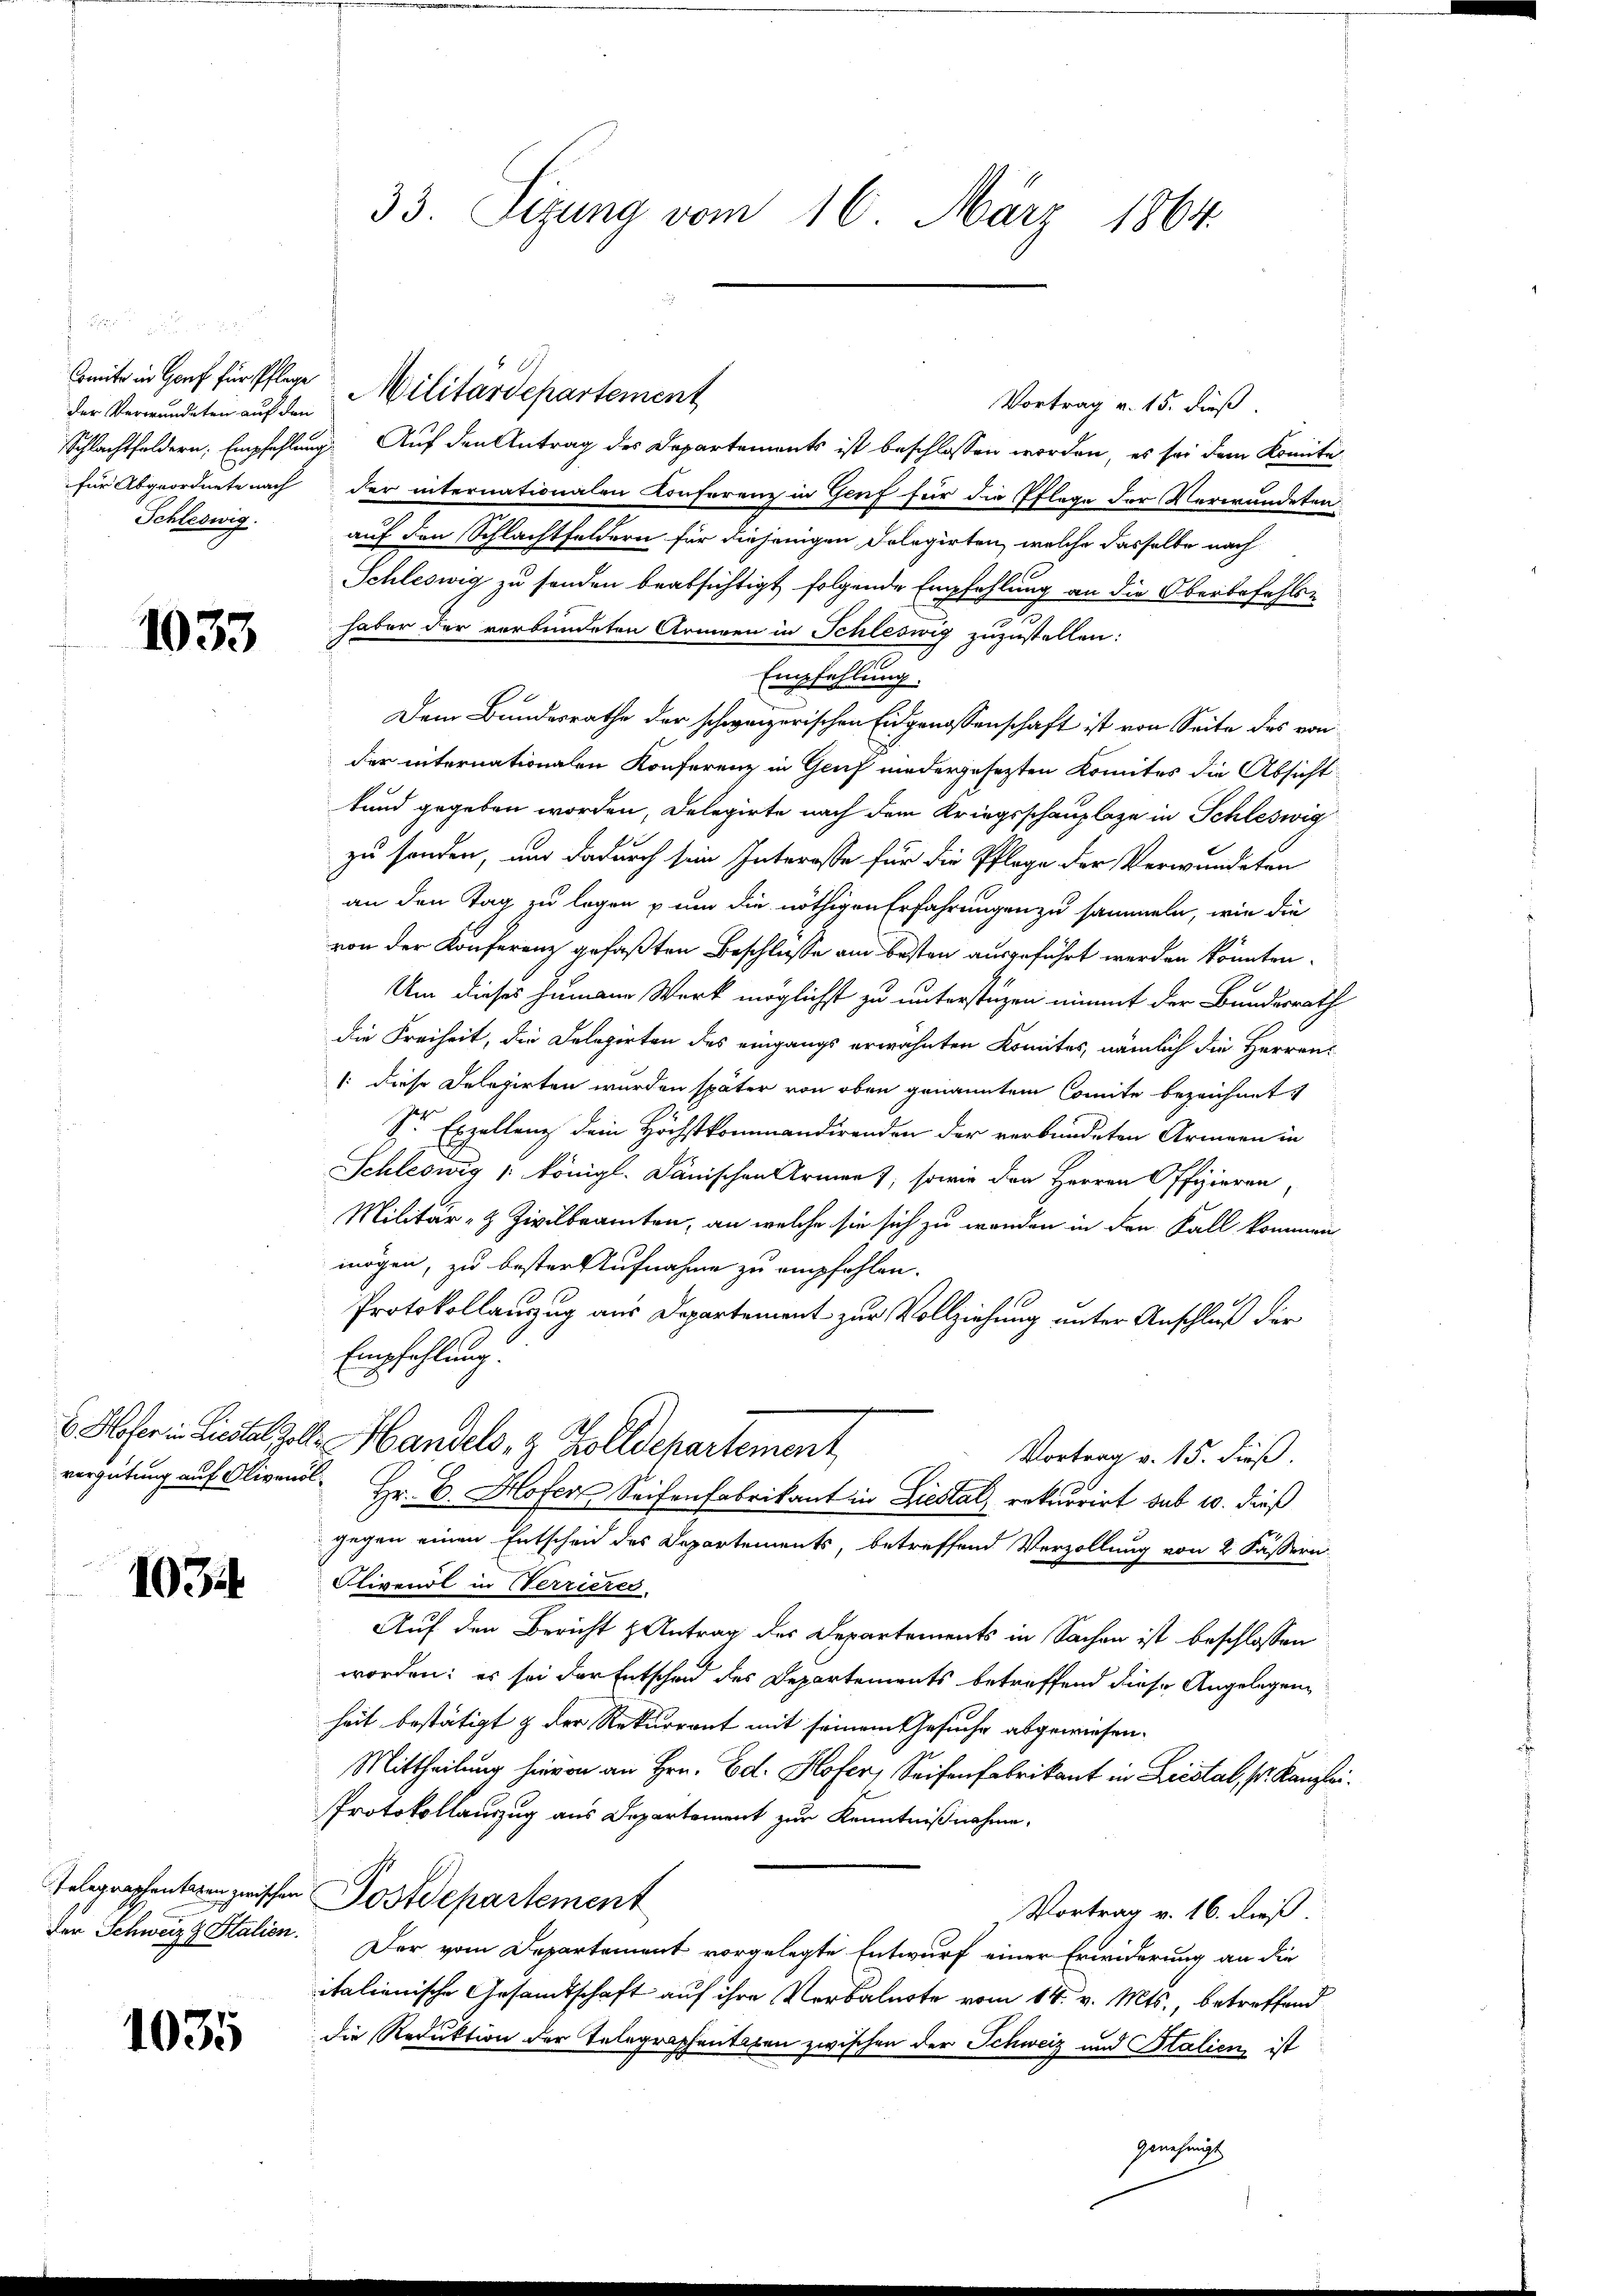
der Verwundeten auf den
für Abgeordnete nach
Schleswig.

1033

1034

Gelegraphentaren zwischen
Der Schweiz z. Stalien.

1035

33. Sizung vom 16. März 1864.

Comit in Hof für Pflege Militärdepartement
Vortrag v. 15. dieß.
Schlachtfeldern Empfehlung. Auf den Antrag des Departements ist beschlossen worden, es sei dem Komite
der internationalen Konferenz in Genf für die Pflege der Verwundeten
auf den Schlachtfeldern für diejenigen Dolegirten, welche dasselbe nach
Schleswig zu sonden beabsichtigt folgende Empfehlung an die Oberbefehls-
haber der verbundeten Armeen in Schleswig zuzustellen:
Empfehlung.
Dem Bundesrathe der schweizerischen Eidgenossenschaft ist von Seite des von
der internationalen Konferenz in Genf niedergesezten Komites die Absicht
kund gegeben worden, Delegirte nach dem Kriegsschauplaze in Schleswig
zu senden, und dadurch sein Interesse für die Pflege der Verwundeten
an den Tag zu legen u um die nöthigen Erfahrungen zu sammeln, wie die
von der Konferenz gefaßten Beschlusse am besten ausgeführt werden könnten.
Um dieses humann Werk möglichst zu unterstüzen nimmt der Bundesrath
die Freiheit, die Delegirten des eingangs erwähnten Komites, nämlich die Herren
1: diese Delegirten wurden später von oben genannten Comite bezeichnet.
Sr Exzellanz dein Höchstkommandirenden der verbundeten Armeen in
Schleswig 1. königl. Dänischen Armen), sowie der Herren Offizieren,
Militär- & Zivilbeamten, an welche sie sich zu werden in den Fall kommen
mögen, zu bester Aufnahme zu empfohlen.
Protokollauszug aus Departement zur Vollziehung unter Anschluß der
Empfehlung.
6 Hofer in Liestal zolle Mandels- & Zolldepartement
Vortrag v. 15. dieß.
vergütung auf Gligend Hr. C. Hofer Seifenfabrikant in Liestal, rekurrirt sub 10. dieß
gegen einen Entscheid des Departements, betreffend Verzollung von 2 Fässern
Olivendl in Nerrieres
Auf den Bericht & Antrag des Departements in Sachen ist beschlossen
worden: es sei der Entscheid des Departements betreffend diese Angelegenheit bestätigt & der Rekurrent mit seinem Gesuche abgewiesen.
Mittheilung hievon an Hrn. Ed. Hofer, Seifenfabrikant in Liestal, k. Kanzlei.
Protokollauszug aus Departement zur Kenntnißnahme.
Postdepartement
Vortrag v. 16. dieß.
Der vom Departement vorgelegte Entwurf einer Erwiderung an die
italienische Gesandtschaft auf ihre Verbalnote vom 18. v. Mts., betreffend
die Reduktion der Telegraphentaten zwischen der Schweiz und Stalien, ist
genehmigt